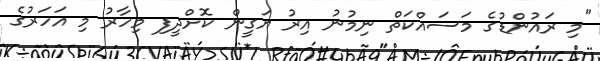
"މި ރައުންޑުގެ މަސައްކަތް ނިމުނު އިރު ޔަގީން ކޮށްދީފި މިހާރު މި އަހަރުގެ